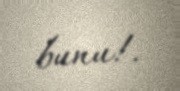
bunu!.